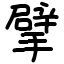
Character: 擘